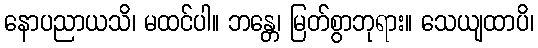
နောပညာယသိ၊ မထင်ပါ။ ဘန္တေ၊ မြတ်စွာဘုရား။ သေယျထာပိ၊